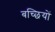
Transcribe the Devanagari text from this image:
बच्छियों